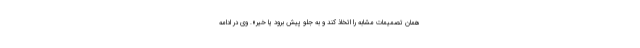
همان تصمیمات مشابه را اتخاذ کند و به جلو پیش برود یا خیر». وی در ادامه